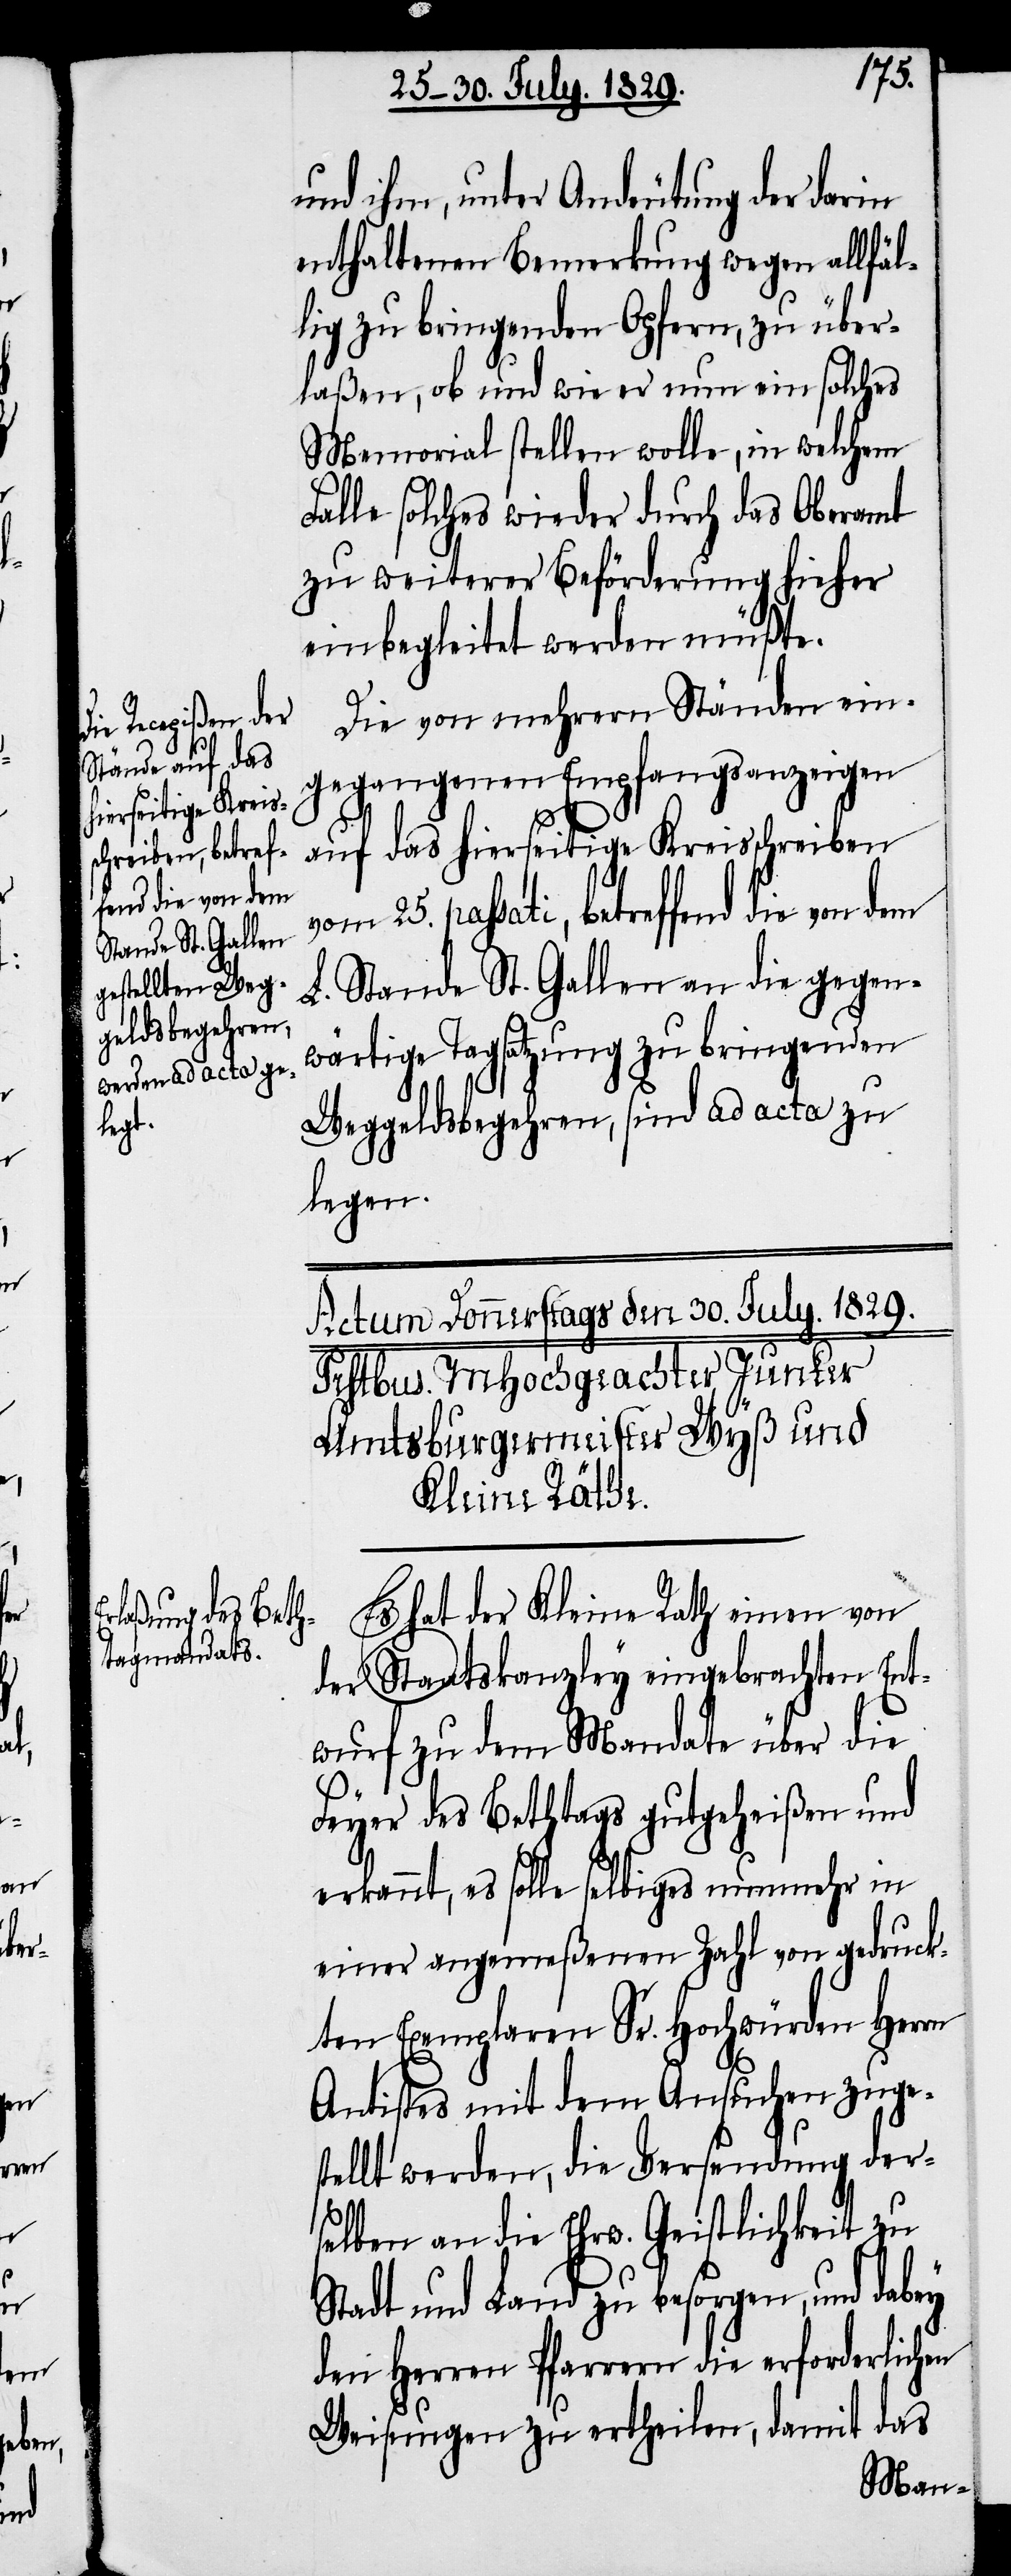
vom
25.

betref¬

fend die von dem

und ihm, unter Andeutung der darin
enthaltenen Bemerkung wegen allfäl¬
lig zu bringenden Opfern, zu über¬
laßen, ob und wie er nun ein solches
Memorial stellen wolle, in welchem
Falle solches wieder durch das Oberamt
zu weiterer Beförderung hieher
einbegleitet werden müßte.
Die von mehrern Ständen ein¬
gegangenen Empfangsanzeigen
auf das hierseitige Kreisschreiben
L. Stande St. Gallen an die gegen¬
wärtige Tagsatzung zu bringenden
Weggeldsbegehren, sind ad acta zu
legen.
Es hat der Kleine Rath einen von
der Staatskanzley eingebrachten Ent¬
wurf zu dem Mandate über die
Feyer des Bethtags gutgeheißen und
erkannt, es solle selbiges nunmehr in
einer angemeßenen Zahl von gedruck¬
ten Exemplaren Sr. Hochwürden Herrn
Antistes mit dem Ansuchen zuge¬
stellt werden, die Versendung der¬
selben an die Ehrw. Geistlichkeit zu
Stadt und Land zu besorgen, und dabey
den Herren Pfarrern die erforderlichen
Weisungen zu ertheilen, damit das